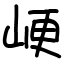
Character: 峺